Scottish Certificate of Education, 1962
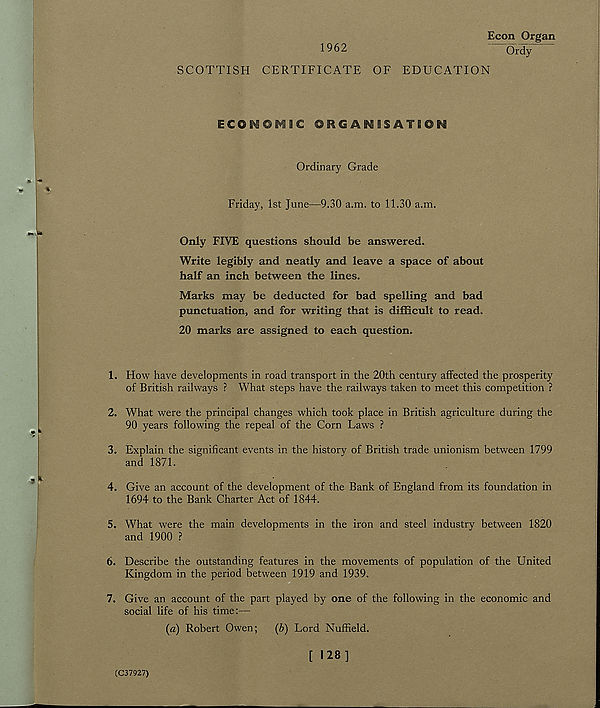
Econ Organ
1962
Ordy
SCOTTISH CERTIFICATE OF EDUCATION
ECONOMSC ORGANISATION
Ordinary Grade
Friday, 1st June—9.30 a.m. to 11.30 a.m.
Only FIVE questions should be answered.
Write legibly and neatly and leave a space of about
half an inch between the lines.
Marks may be deducted for bad spelling and bad
punctuation, and for writing that is difficult to read.
20 marks are assigned to each question.
1. How have developments in road transport in the 20th century affected the prosperity
of British railways ? What steps have the railways taken to meet this competition ?
2. What were the principal changes which took place in British agriculture during the
90 years following the repeal of the Corn Laws ?
3. Explain the significant events in the history of British trade unionism between 1799
and 1871.
4. Give an account of the development of the Bank of England from its foundation in
1694 to the Bank Charter Act of 1844.
5. What were the main developments in the iron and steel industry between 1820
and 1900 ?
6. Describe the outstanding features in the movements of population of the United
Kingdom in the period between 1919 and 1939.
7. Give an account of the part played by one of the following in the economic and
social life of his time:—
(a) Robert Owen; (b) Lord Nuffield.
[ 128]
(C37927)